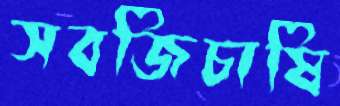
সবজিচাষি